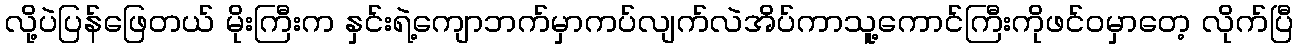
လို့ပဲပြန်ဖြေတယ် မိုးကြီးက နှင်းရဲ့ကျောဘက်မှာကပ်လျက်လဲအိပ်ကာသူ့ကောင်ကြီးကိုဖင်ဝမှာတေ့ လိုက်ပြီ